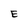
Character: E